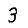
Digit: 3